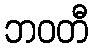
ဘဝတီ